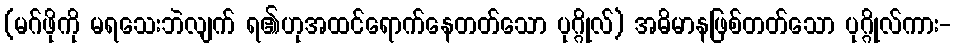
(မဂ်ဖိုကို မရသေးဘဲလျက် ရ၏ဟုအထင်ရောက်နေတတ်သော ပုဂ္ဂိုလ်) အဓိမာနဖြစ်တတ်သော ပုဂ္ဂိုလ်ကား-